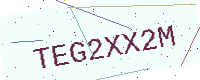
Text: TEG2XX2M